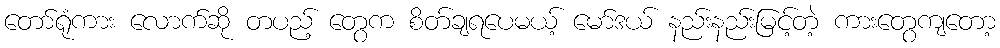
တော်ရုံကား လောက်ဆို တပည့် တွေက စိတ်ချရပေမယ့် မော်ဒယ် နည်းနည်းမြင့်တဲ့ ကားတွေကျတော့